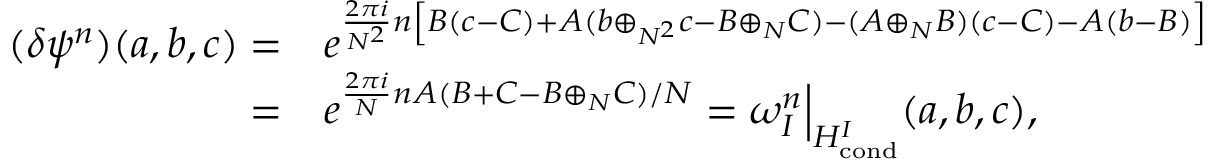
\begin{array} { r l } { ( \delta \psi ^ { n } ) ( a , b , c ) = } & { e ^ { \frac { 2 \pi i } { N ^ { 2 } } n \left[ B ( c - C ) + A ( b \oplus _ { N ^ { 2 } } c - B \oplus _ { N } C ) - ( A \oplus _ { N } B ) ( c - C ) - A ( b - B ) \right] } } \\ { = } & { e ^ { \frac { 2 \pi i } { N } n A ( B + C - B \oplus _ { N } C ) / N } = \omega _ { I } ^ { n } \Big | _ { H _ { \mathrm { c o n d } } ^ { I } } ( a , b , c ) , } \end{array}